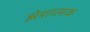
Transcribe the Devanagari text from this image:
श्लेशात्मक